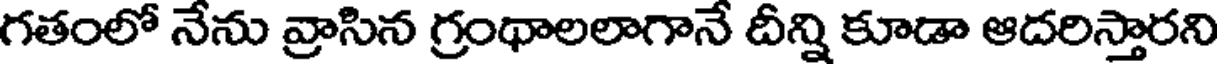
గతంలో నేను వ్రాసిన గ్రంథాలలాగానే దీన్ని కూడా ఆదరిస్తారని